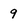
Character: 9